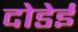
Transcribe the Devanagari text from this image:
दोडेई